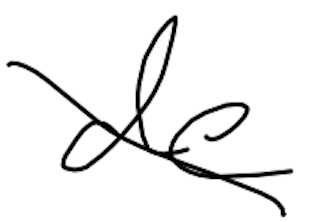
Text: de
Cross-out: mix
Writing tool: digital_black